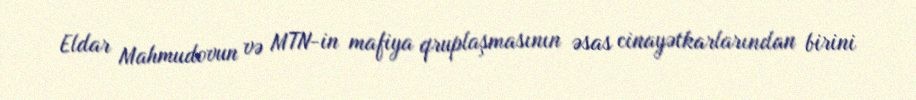
Eldar Mahmudovun və MTN-in mafiya qruplaşmasının əsas cinayətkarlarından birini